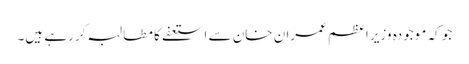
جو کہ موجودہ وزیر اعظم عمران خان سے استعفے کا مطالبہ کررہے ہیں۔